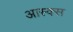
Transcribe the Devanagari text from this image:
आस्क्स